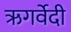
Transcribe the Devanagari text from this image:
ऋगर्वेदी